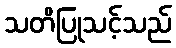
သတိပြုသင့်သည်